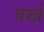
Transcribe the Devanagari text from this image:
वर्ख